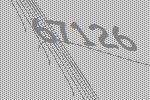
67126